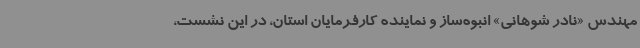
مهندس «نادر شوهانی» انبوه‌ساز و نماینده کارفرمایان استان، در این نشست،